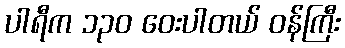
ပါရီက ၁၃၀ ဝေးပါတယ် ဝန်ကြီး